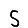
Digit: 5